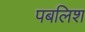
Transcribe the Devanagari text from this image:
पबलिश